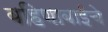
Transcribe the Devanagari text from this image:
बहिणाबाईचे